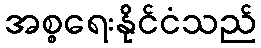
အစ္စရေးနိုင်ငံသည်